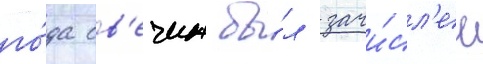
го́да св'ечин бы́л зачи́сл'ен